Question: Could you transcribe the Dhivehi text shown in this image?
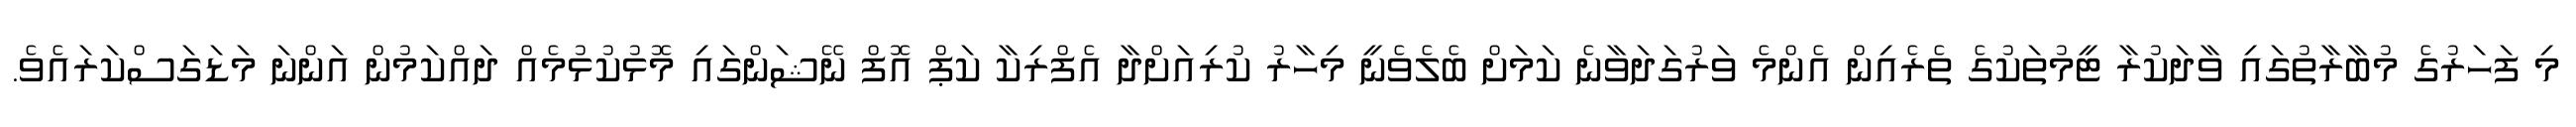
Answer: މި ފަހަރުގެ މުބާރާތުގައި ވާދަކުރާ ޓީމުތަކުގެ ތެރެއިން އެންމެ ވަރުގަދަވާނެ ކަމަށް ބެލެވެނީ މިހާރު ކުރިއަށްދާ އެފްރިކާ ކަޕް އޮފް ނޭޝަންގައި މޮޅުކުޅުމެއް ދައްކަމުން އަންނަ މަޑަގަސްކަރައެވެ.